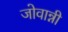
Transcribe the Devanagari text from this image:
जोवान्नी